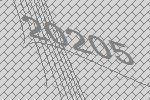
20205